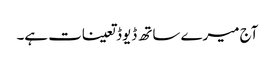
آج میرے ساتھ ڈیوڈ تعینات ہے۔